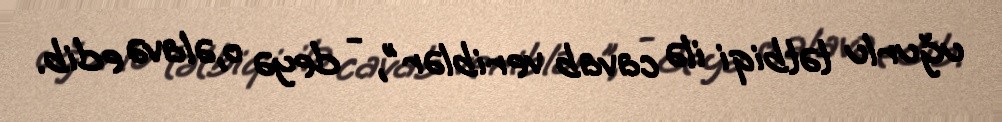
uğurlu tətbiqi ilə cavab veriblər", - deyə o,əlavə edib.